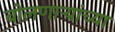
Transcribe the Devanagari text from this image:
बोलणाऱ्यांच्या